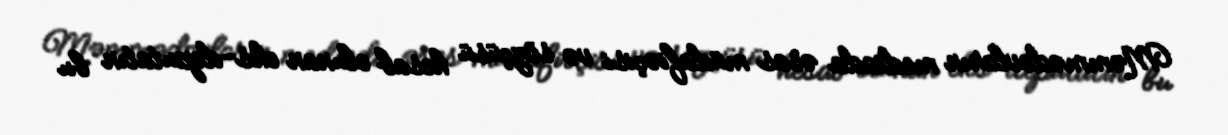
Məmmədovların mediada əsas müdafiəçisi və sözçüsü hesab olunan eks-deputatın bu